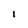
Character: l